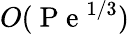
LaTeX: O(\mathrm{~P~e~}^{1/3})